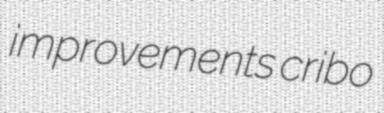
improvements cribo